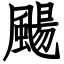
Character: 颺